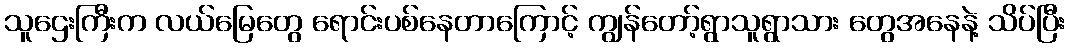
သူဌေးကြီးက လယ်မြေတွေ ရောင်းပစ်နေတာကြောင့် ကျွန်တော့်ရွာသူရွာသား တွေအနေနဲ့ သိပ်ပြီး